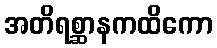
အတိရစ္ဆာနကထိကော